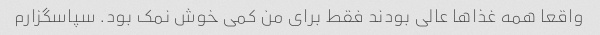
واقعا همه غذاها عالی بودند فقط برای من کمی خوش نمک بود. سپاسگزارم